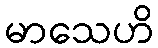
မာသေဟိ